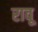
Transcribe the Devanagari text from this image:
रावू